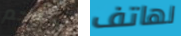
استحم لهاتف